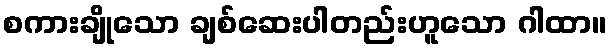
စကားချိုသော ချစ်ဆေးပါတည်းဟူသော ဂါထာ။